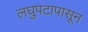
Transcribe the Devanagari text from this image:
लघुपटापासून